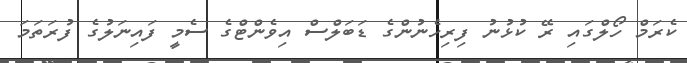
ކެރަމް ހޯލްގައި ރޭ ކުޅުނު ފިރިހެނުންގެ ޑަބަލްސް އިވެންޓްގެ ސެމީ ފައިނަލުގެ ފުރަތަމަ